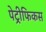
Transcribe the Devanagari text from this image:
पेट्रीफिकस